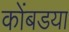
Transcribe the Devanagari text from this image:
कोंबडया